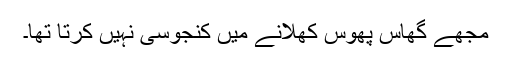
مجھے گھاس پھوس کھلانے میں کنجوسی نہیں کرتا تھا۔